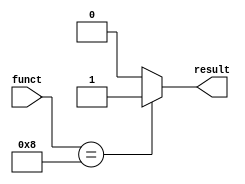
`timescale 1ns / 1ps
//////////////////////////////////////////////////////////////////////////////////
// Company: 
// Engineer: 
// 
// Design Name: 
// Module Name: jr_gate
// Project Name: 
// Target Devices: 
// Tool Versions: 
// Description: 
// 
// Dependencies: 
// 
// Revision:
// Revision 0.01 - File Created
// Additional Comments:
// 
//////////////////////////////////////////////////////////////////////////////////


module jr_gate(
    input [11:0] funct,
    output result
    );
    assign result=(funct==12'b000000001000)?1:0;
endmodule